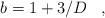
LaTeX: \begin{align*}b=1+3/D\,\,\,\,\,,\,\,\,\,\,\end{align*}